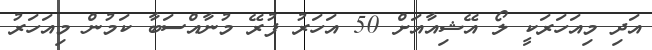
އަދި މިއަހަރަކީ ލޯ އޭޝިއާއަށް 50 އަހަރު ފުރޭ މުނާއްސަބާ ކަމުން މިއަހަރު